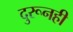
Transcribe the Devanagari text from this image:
दुरूनही